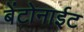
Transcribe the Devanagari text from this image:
बेंटोनाईट